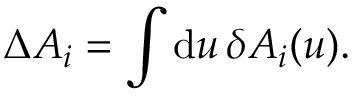
\Delta A _ { i } = \int \mathrm { d } u \, \delta A _ { i } ( u ) .